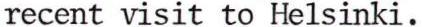
recent visit to Helsinki.